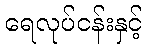
ရေလုပ်ငန်းနှင့်